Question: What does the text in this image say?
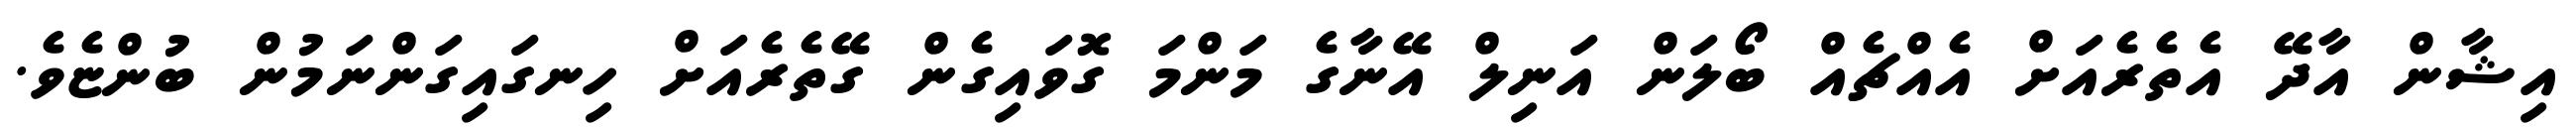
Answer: އިޝާން އާދޭ އެތެރެއަށް އެއްޗެއް ބޯލަން އަނިލް އޭނާގެ މަންމަ ގޮވައިގެން ގޭތެރެއަށް ހިނގައިގަންނަމުން ބުންޏެވެ.